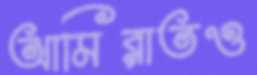
আমিরাতও